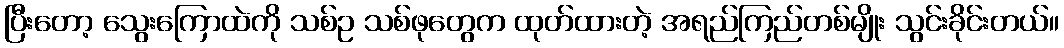
ပြီးတော့ သွေးကြောထဲကို သစ်ဥ သစ်ဖုတွေက ထုတ်ထားတဲ့ အရည်ကြည်တစ်မျိုး သွင်းခိုင်းတယ်။